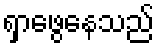
ရှာဖွေနေသည်